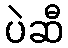
ပဲဆီ